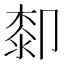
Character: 厀